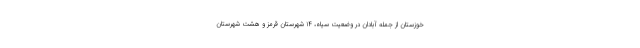
خوزستان از جمله آبادان در وضعیت سیاه، ۱۴ شهرستان قرمز و هشت شهرستان